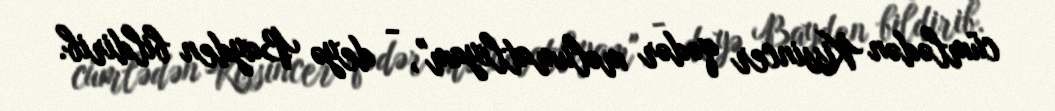
cümlədən Kissincer qədər məlumatlıyam", - deyə Bayden bildirib.